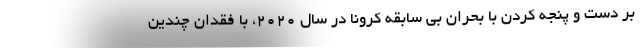
بر دست و پنجه کردن با بحران بی سابقه کرونا در سال ۲۰۲۰، با فقدان چندین